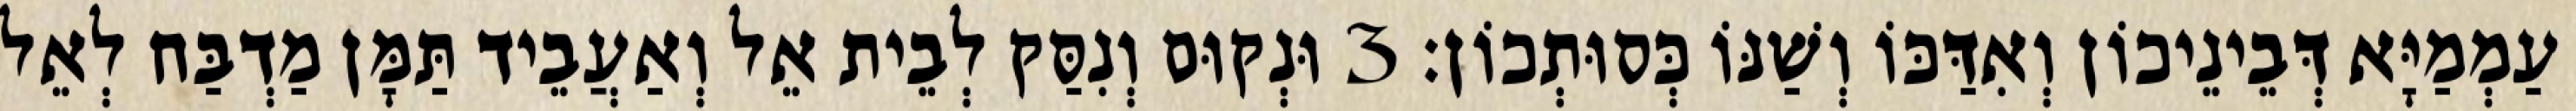
עַמְמַיָּא דְּבֵינֵיכוֹן וְאִדַּכּוֹ וְשַׁנּוֹ כְּסוּתְכוֹן׃ 3 וּנְקוּם וְנִסַּק לְבֵית אֵל וְאַעֲבֵיד תַּמָּן מַדְבַּח לְאֵל